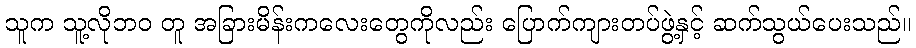
သူက သူ့လိုဘဝ တူ အခြားမိန်းကလေးတွေကိုလည်း ပြောက်ကျားတပ်ဖွဲ့နှင့် ဆက်သွယ်ပေးသည်။